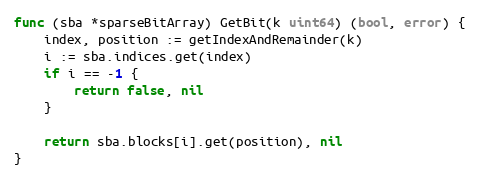
Language: Go
func (sba *sparseBitArray) GetBit(k uint64) (bool, error) {
	index, position := getIndexAndRemainder(k)
	i := sba.indices.get(index)
	if i == -1 {
		return false, nil
	}

	return sba.blocks[i].get(position), nil
}